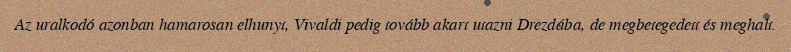
Az uralkodó azonban hamarosan elhunyt, Vivaldi pedig tovább akart utazni Drezdába, de megbetegedett és meghalt.